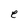
Character: e